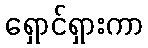
ရှောင်ရှားကာ